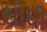
સોધી